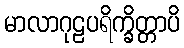
မာလာဂုဠပရိက္ခိတ္တာပိ